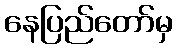
နေပြည်တော်မှ